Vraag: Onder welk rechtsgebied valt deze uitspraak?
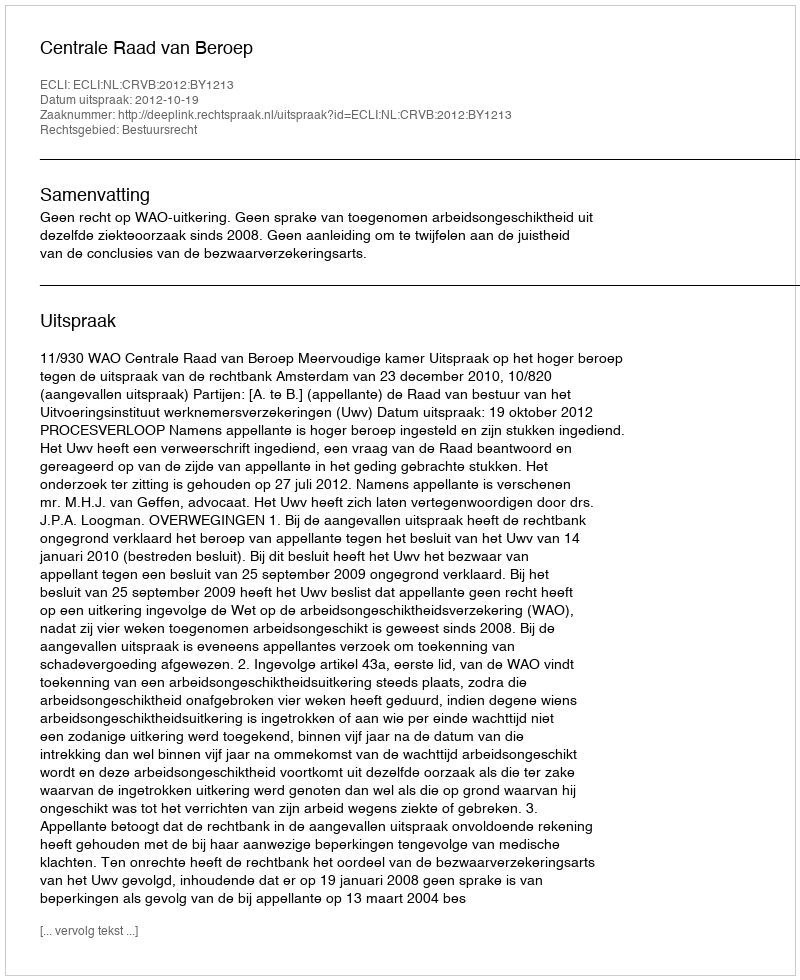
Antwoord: Bestuursrecht